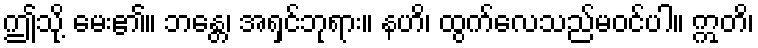
ဤသို့ မေး၏။ ဘန္တေ၊ အရှင်ဘုရား။ နဟိ၊ ထွက်လေသည်မဝင်ပါ။ ဣတိ၊